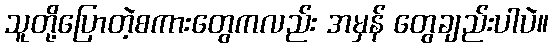
သူတို့ပြောတဲ့စကားတွေကလည်း အမှန် တွေချည်းပါပဲ။